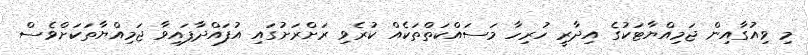
މި ވިއުގާއިން ޖަމިއްޔާޓަކުގެ އިދާރީ ހުރިހާ މަސައްކަތްތަކެއް ކުރެވި ރަށްރަށުގައި އުފައްދާފައިވާ ޖަމިއްޔާތަކަށްވެސް